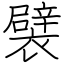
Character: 襞